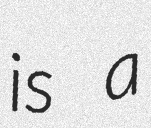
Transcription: is a